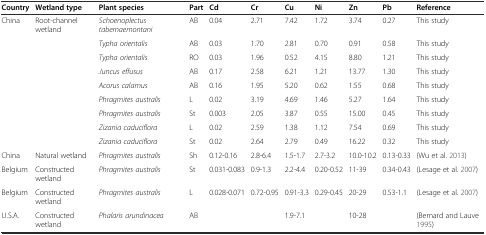
| Country | Wetland type | Plant species | Part | Cd | Cr | Cu | Ni | Zn | Pb | Reference |
 | --- | --- | --- | --- | --- | --- | --- | --- | --- | --- | --- |
 | <ROWSPAN=9> China | <ROWSPAN=9> Root-channel wetland | Schoenoplectus tabernaemontani | AB | 0.04 | 2.71 | 7.42 | 1.72 | 3.74 | 0.27 | This study |
 | Typha orientalis | AB | 0.03 | 1.70 | 2.81 | 0.70 | 0.91 | 0.58 | This study |
 | Typha orientalis | RO | 0.03 | 1.96 | 0.52 | 4.15 | 8.80 | 1.21 | This study |
 | Juncus effusus | AB | 0.17 | 2.58 | 6.21 | 1.21 | 13.77 | 1.30 | This study |
 | Acorus calamus | AB | 0.16 | 1.95 | 5.20 | 0.62 | 1.55 | 0.68 | This study |
 | Phragmites australis | L | 0.02 | 3.19 | 4.69 | 1.46 | 5.27 | 1.64 | This study |
 | Phragmites australis | St | 0.003 | 2.05 | 3.87 | 0.55 | 15.00 | 0.45 | This study |
 | Zizania caduciflora | L | 0.02 | 2.59 | 1.38 | 1.12 | 7.54 | 0.69 | This study |
 | Zizania caduciflora | St | 0.02 | 2.64 | 2.79 | 0.49 | 16.22 | 0.32 | This study |
 | China | Natural wetland | Phragmites australis | Sh | 0.12-0.16 | 2.8-6.4 | 1.5-1.7 | 2.7-3.2 | 10.0-10.2 | 0.13-0.33 | (Wu et al. 2013) |
 | Belgium | Constructed wetland | Phragmites australis | St | 0.031-0.083 | 0.9-1.3 | 2.2-4.4 | 0.20-0.52 | 11-39 | 0.34-0.43 | (Lesage et al. 2007) |
 | Belgium | Constructed wetland | Phragmites australis | L | 0.028-0.071 | 0.72-0.95 | 0.91-3.3 | 0.29-0.45 | 20-29 | 0.53-1.1 | (Lesage et al. 2007) |
 | U.S.A. | Constructed wetland | Phalaris arundinacea | AB |  |  | 1.9-7.1 |  | 10-28 |  | (Bernard and Lauve 1995) |